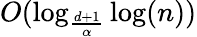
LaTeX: O(\log_{\frac{d+1}{\alpha}}\log(n))